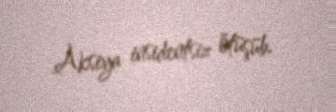
Aksiya insidentsiz ötüşüb.